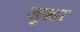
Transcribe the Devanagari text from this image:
जुक्का